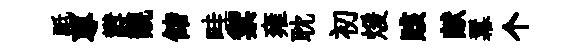
祗蓴欝靚储畦禦雍耽初煖賅献羃个